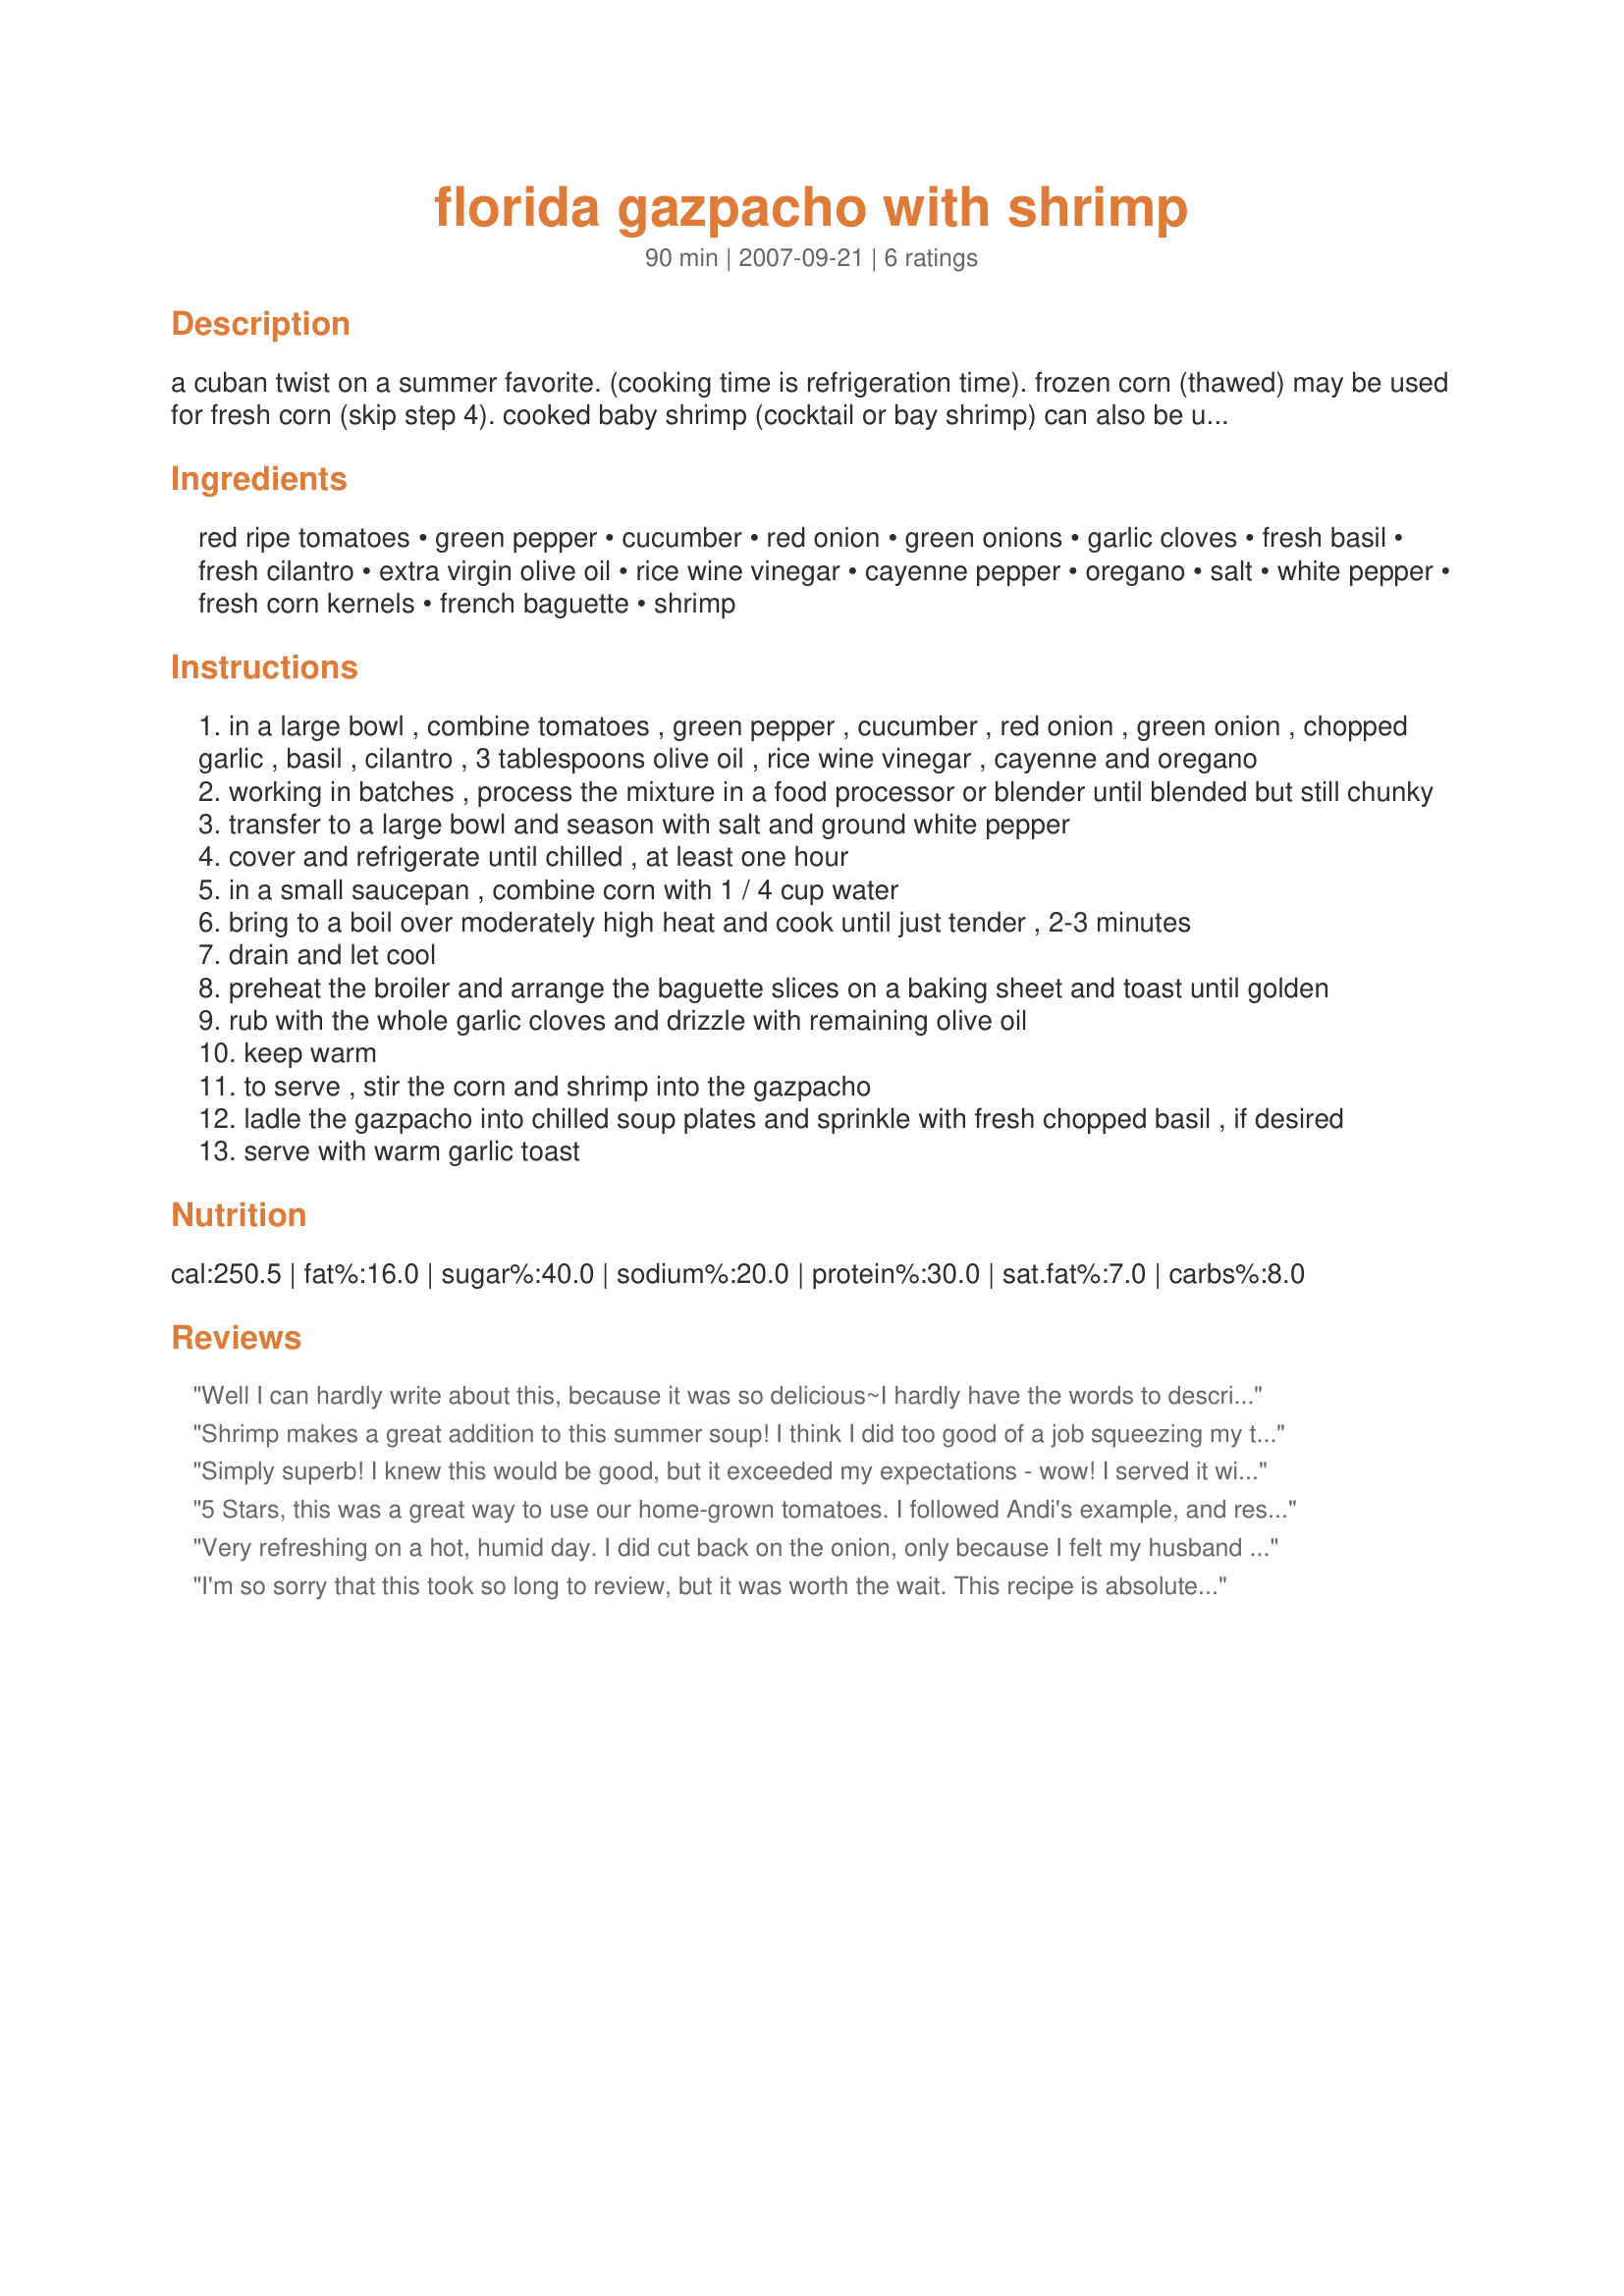
florida gazpacho with shrimp
Preparation time: 90 minutes

a cuban twist on a summer favorite. (cooking time is refrigeration time). frozen corn (thawed) may be used for fresh corn (skip step 4). cooked baby shrimp (cocktail or bay shrimp) can also be used, but i like the flavor and texture of the chopped larger shrimp.

Ingredients:
red ripe tomatoes, green pepper, cucumber, red onion, green onions, garlic cloves, fresh basil, fresh cilantro, extra virgin olive oil, rice wine vinegar, cayenne pepper, oregano, salt, white pepper, fresh corn kernels, french baguette, shrimp

Steps:
in a large bowl , combine tomatoes , green pepper , cucumber , red onion , green onion , chopped garlic , basil , cilantro , 3 tablespoons olive oil , rice wine vinegar , cayenne and oregano
working in batches , process the mixture in a food processor or blender until blended but still chunky
transfer to a large bowl and season with salt and ground white pepper
cover and refrigerate until chilled , at least one hour
in a small saucepan , combine corn with 1 / 4 cup water
bring to a boil over moderately high heat and cook until just tender , 2-3 minutes
drain and let cool
preheat the broiler and arrange the baguette slices on a baking sheet and toast until golden
rub with the whole garlic cloves and drizzle with remaining olive oil
keep warm
to serve , stir the corn and shrimp into the gazpacho
ladle the gazpacho into chilled soup plates and sprinkle with fresh chopped basil , if desired
serve with warm garlic toast

Reviews:
Well I can hardly write about this, because it was so delicious~I hardly have the words to describe. I am absolutely the luckiest person to gather all the ingredients for the gazpacho from my garden, have fresh shrimp just purchased for this event, and fresh bread from the oven. If I never tasted another thing, this would be what I would taste last. Oh boy, where to start? As the previous reviewer, I grilled the shrimp as it was a very hot day here. But other then that followed this exactly. I did however, process about 3/4 of gazbacho in processor, leaving 1/4 of all the veggies listed rustic diced. (Larger chunks) This created a delightful taste sensation to the palette which, when introducing the grilled shrimp to the chilled soup was heaven in a bowl. I might add a bit of fresh jalapeno next time, but this was so good, I know I will keep to the same. Thanks, mikekey~ Made for *SSC-Pet Parade* July 2008.
Shrimp makes a great addition to this summer soup! I think I did too good of a job squeezing my tomatoes out, because I ended up adding a cup or so of spicy tomato juice to get it to soup consistency. Made a few hours ahead to let the flavors mingle - looking forward to leftovers today at lunch!
Simply superb! I knew this would be good, but it exceeded my expectations - wow! I served it with the shrimp on the side, but we ended up slicing them and adding them to the gazpacho, as the flavors really were spectacular together. I served this with lightly seasoned pita chips instead of the baguette, and I grilled the shrimp, but otherwise made exactly as written. Thanks for a great recipe that I plan to serve again soon!
5 Stars, this was a great way to use our home-grown tomatoes. I followed Andi's example, and reserved 1/4 of all the veggies to leave in coarse chop, while everything else fit in the Vita Mix all at one time. Our 50-70 count precooked shrimp looked so pretty, I couldn't bring myself to chop them up. Since my shrimp were plain, I should have compensated by adding 1-2 teaspoons of Old Bay seasoning. Thanks for posting, mikekey. Made for Please Review My Recipe.
Very refreshing on a hot, humid day. I did cut back on the onion, only because I felt my husband wouldn&#039;t like the over powering pungency onions give to certain recipes. He&#039;s not a huge fan of raw onions. i also left off the garlic application on the toast. I think there was enough in the gazpacho. Made for Everyday Holiday Tag game. :)
I'm so sorry that this took so long to review, but it was worth the wait. This recipe is absolutely delicious, thankyou.
